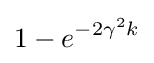
1-e^{-2\gamma ^{2}k}